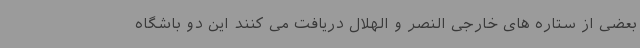
بعضی از ستاره های خارجی النصر و الهلال دریافت می کنند این دو باشگاه